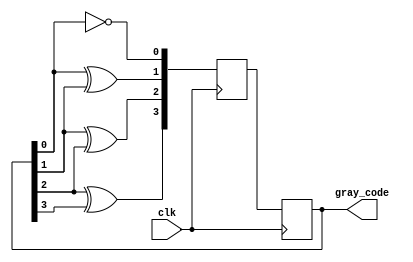
module gray_code_ring_counter(
    input clk,
    output reg [3:0] gray_code
);

reg [3:0] next_gray_code;

always @(posedge clk) begin
    next_gray_code[0] <= ~gray_code[0];
    next_gray_code[1] <= gray_code[0] ^ gray_code[1];
    next_gray_code[2] <= gray_code[1] ^ gray_code[2];
    next_gray_code[3] <= gray_code[2] ^ gray_code[3];
    
    gray_code <= next_gray_code;
end

endmodule